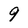
Character: 9